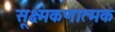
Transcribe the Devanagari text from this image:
सूक्ष्मकणात्मक